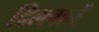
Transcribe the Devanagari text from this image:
दिलवानें